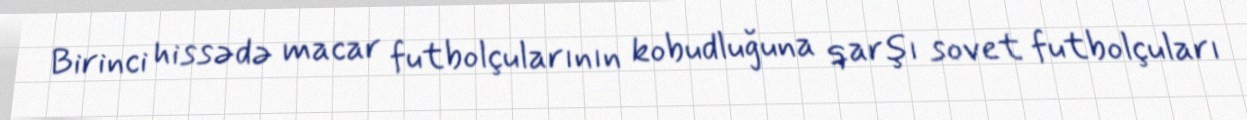
Birinci hissədə macar futbolçularının kobudluğuna qarşı sovet futbolçuları